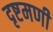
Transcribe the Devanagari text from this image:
दृष्टमणी